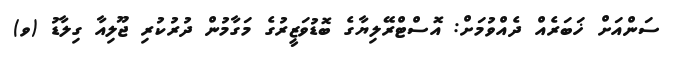
ސަންއަށް ޚަބަރެއް ދެއްވުމަށް: އޮސްޓްރޭލިޔާގެ ބޮޑުވަޒީރުގެ މަގާމުން ދުރުކުރި ޖޫލިއާ ގިލާޑު (ވ)